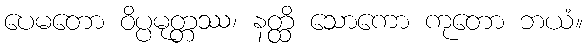
ပေမတော ဝိပ္ပမုတ္တဿ၊ နတ္ထိ သောကော ကုတော ဘယံ။